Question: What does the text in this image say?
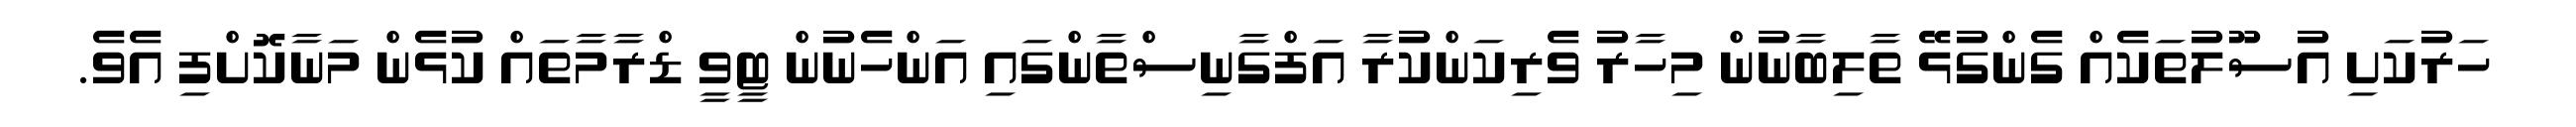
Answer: ހަރުކަށި އުސޫލުތަކެއް ގެންގުޅޭ ތާލިބާނުން މިހާރު ވެރިކަންކުރާ އަފްގާނިސްތާންގައި އަންހެނުން ޓީވީ ޑްރާމާތައް ކުޅެން މަނާކޮށްފި އެވެ.